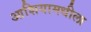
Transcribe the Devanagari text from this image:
आशियामधीला